Report on vaccination in Madras 1895-1903 - 1895-1903
Year: 1895
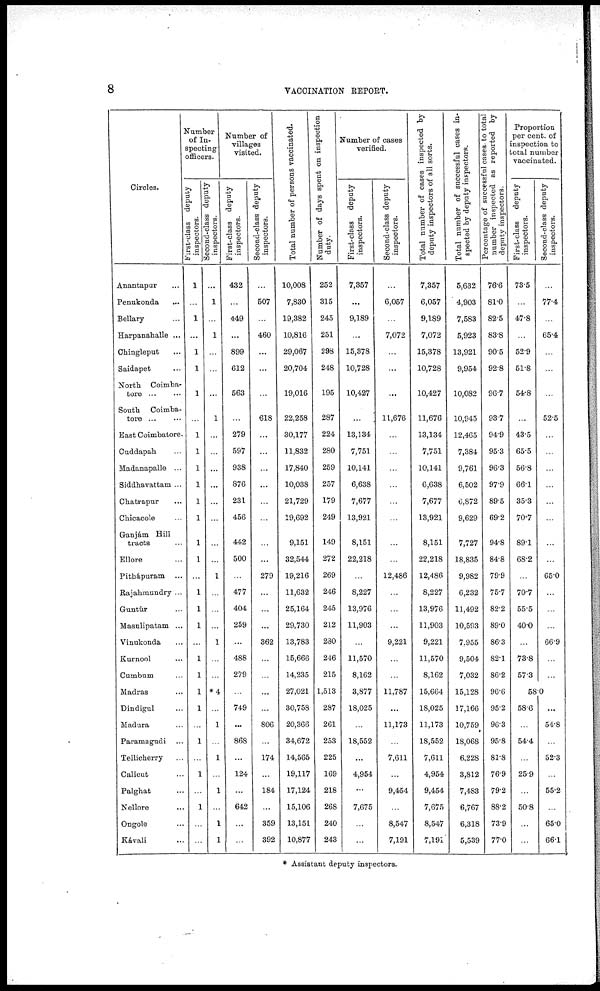
8
VACCINATION REPORT.
Circles.
Anantapur...
Penukonda...
Bellary...
Harpanahalle ...
Chingleput...
Saidapet...
North Coimba¬
tore...
...
South Coimba-
tore...
...
East Coimbatore.
Cuddapah...
Madanapalle ...
Siddhavattam ...
Chatrapur...
Chicacole...
Ganjám Hill
tracts...
Ellore...
Pithápuram ...
Rajahmundry...
Guntúr...
Masulipatam ...
Vinukonda...
Kurnool...
Cumbum...
Madras...
Dindigul...
Madura...
Paramagudi...
Tellicherry...
Calicut...
Palghat...
Nellore...
Ongole...
Kávali...
Number
of In¬
specting
officers.
First-class deputy
inspectors.
1
...
1
...
1
1
1
...
1
1
1
1
1
1
1
1
...
1
1
1
...
1
1
1
1
...
1
...
1
...
1
...
...
Second-class deputy
inspectors.
...
1
...
1
...
...
...
1
...
...
...
...
...
...
...
...
1
...
...
...
1
...
...
*4
...
1
...
1
...
1
...
1
1
Number of
villages
visited.
First-class deputy
inspectors.
432
...
449
...
899
612
563
...
279
597
938
876
231
456
442
500
...
477
404
259
...
488
279
...
749
...
868
...
124
...
642
...
...
Second-class deputy
inspectors.
...
507
...
460
...
...
...
618
...
...
...
...
...
...
...
...
279
...
...
...
362
...
...
...
...
806
...
174
...
184
...
359
392
Total number of persons vaccinated.
10,008
7,830
19,382
10,816
29,067
20,704
19,016
22,258
30,177
11,832
17,840
10,038
21,729
19,692
9,151
32,544
19,216
11,632
25,164
29,730
13,783
15,666
14,235
27,021
30,758
20,366
34,672
14,565
19,117
17,124
15,106
13,151
10,877
Number of days spent on inspection
duty.
252
315
245
251
298
248
195
287
224
280
259
257
179
249
149
272
269
246
245
212
280
246
215
1,513
287
261
253
225
169
218
268
240
243
Number of cases
verified.
First-class deputy
inspectors.
7,357
...
9,189
...
15,378
10,728
10,427
...
13,134
7,751
10,141
6,638
7,677
13,921
8,151
22,218
...
8,227
13,976
11,903
...
11,570
8,162
3,877
18,025
...
18,552
...
4,954
...
7,675
...
...
Second-class deputy
inspectors.
...
6,057
...
7,072
...
...
...
11,676
...
...
...
...
...
...
...
...
12,486
...
...
...
9,221
...
...
11,787
...
11,173
...
7,611
...
9,454
...
8,547
7,191
Total number of cases inspected by
deputy inspectors of all sorts.
7,357
6,057
9,189
7,072
15,378
10,728
10,427
11,676
13,134
7,751
10,141
6,638
7,677
13,921
8,151
22,218
12,486
8,227
13,976
11,903
9,221
11,570
8,162
15,664
18,025
11,173
18,552
7,611
4,954
9,454
7,675
8,547
7,191
Total number of successful cases in-
spected by deputy inspectors.
5,632
4,903
7,583
5,923
13,921
9,954
10,082
10,945
12,465
7,384
9,761
6,502
6,872
9,629
7,727
18,835
9,982
6,232
11,492
10,593
7,955
9,504
7,032
15,128
17,166
10,759
18,068
6,228
3,812
7,483
6,767
6,318
5,539
Percentage of successful cases to total
number inspected as reported by
deputy inspectors.
76.6
81.0
82.5
83.8
90.5
92.8
96.7
93.7
94.9
95.3
96.3
97.9
89.5
69.2
94.8
84.8
79.9
75.7
82.2
89.0
86.3
82.1
86.2
96.6
95.2
96.3
95.8
81.8
76.9
79.2
88.2
73.9
77.0
Proportion
per cent. of
inspection to
total number
vaccinated.
First-class deputy
inspectors.
73.5
...
47.8
...
52.9
51.8
54.8
...
43.5
65.5
56.8
66.1
35.3
70.7
89.1
68.2
...
70.7
55.5
40.0
...
73.8
57.3
Second-class deputy
inspectors.
...
77.4
...
65.4
...
...
...
52.5
...
...
...
...
...
...
...
...
65.0
...
...
...
66.9
...
...
58.0
58.6
...
54.4
...
25.9
...
50.8
...
...
...
54.8
...
52.3
...
55.2
...
65.0
66.1
* Assistant deputy inspectors.